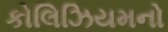
કોલિઝિયમનો